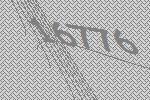
16776